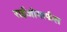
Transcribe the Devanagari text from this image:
राईजोमार्फस